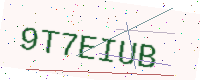
Text: 9T7EIUB